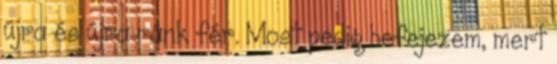
újra és újra ránk fér. Most pedig befejezem, mert